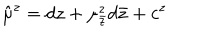
LaTeX: \hat { \mu } ^ { z } = d z + \mu _ { \bar { z } } ^ { z } d \bar { z } + c ^ { z }